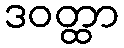
ဒဝတ္ထာ